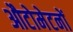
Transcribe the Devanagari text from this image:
औटोमेटनों